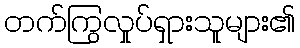
တက်ကြွလှုပ်ရှားသူများ၏